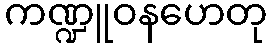
ကဏ္ဍူဝနဟေတု